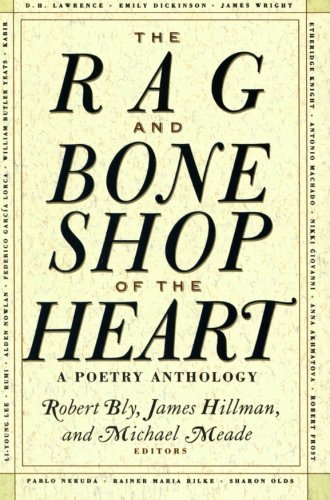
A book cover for The Rag and Bone Shop of the Heart: A Poetry Anthology; Literature & Fiction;